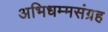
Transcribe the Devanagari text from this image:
अभिधम्मसंग्रह